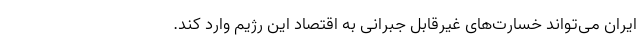
ایران می‌تواند خسارت‌های غیرقابل جبرانی به اقتصاد این رژیم وارد کند.